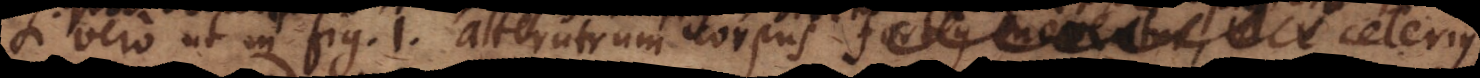
Si vero ut in fig. 1. alterutrum corpus fortius celerius